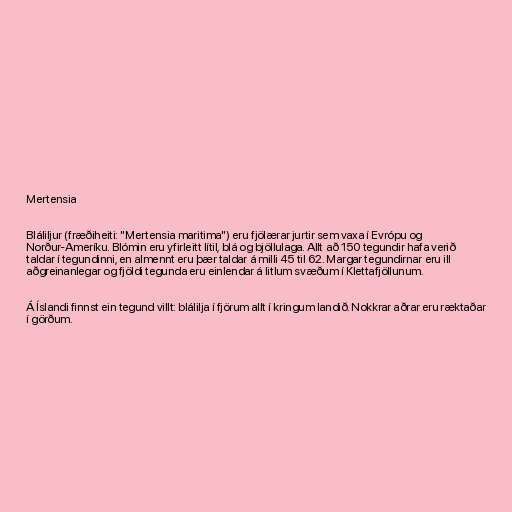
Mertensia

Bláliljur (fræðiheiti: "Mertensia maritima") eru fjölærar jurtir sem vaxa í Evrópu og
Norður-Ameríku. Blómin eru yfirleitt lítil, blá og bjöllulaga. Allt að 150 tegundir hafa verið
taldar í tegundinni, en almennt eru þær taldar á milli 45 til 62. Margar tegundirnar eru ill
aðgreinanlegar og fjöldi tegunda eru einlendar á litlum svæðum í Klettafjöllunum.

Á Íslandi finnst ein tegund villt: blálilja í fjörum allt í kringum landið. Nokkrar aðrar eru ræktaðar
í görðum.